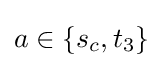
a\in \{s_{c},t_{3}\}